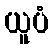
ယူပံ